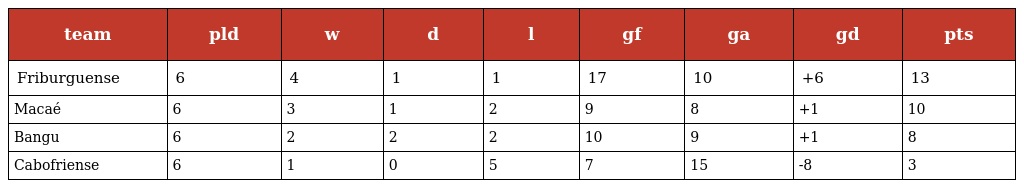
| team | pld | w | d | l | gf | ga | gd | pts |
 | --- | --- | --- | --- | --- | --- | --- | --- | --- |
 | Friburguense | 6 | 4 | 1 | 1 | 17 | 10 | +6 | 13 |
 | Macaé | 6 | 3 | 1 | 2 | 9 | 8 | +1 | 10 |
 | Bangu | 6 | 2 | 2 | 2 | 10 | 9 | +1 | 8 |
 | Cabofriense | 6 | 1 | 0 | 5 | 7 | 15 | -8 | 3 |